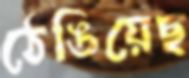
ঠেঙিয়েছ